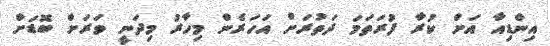
އިންޑިއާ އަށް ކުރާ ފުރަތަމަ ދަތުރަށް އަހަރެން މިހާރު މިދަނީ ވަރަށް ބޮޑަށް